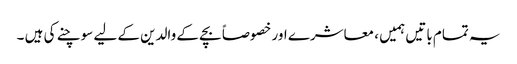
یہ تمام باتیں ہمیں ، معاشرے اور خصوصاً بچے کے والدین کے لیے سوچنے کی ہیں ۔